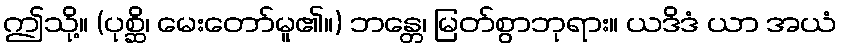
ဤသို့။ (ပုစ္ဆိ၊ မေးတော်မူ၏။) ဘန္တေ၊ မြတ်စွာဘုရား။ ယဒိဒံ ယာ အယံ